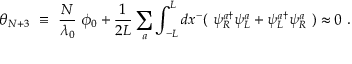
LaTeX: \theta _ { N + 3 } ~ \equiv ~ \frac { N } { \lambda _ { 0 } } ~ \phi _ { 0 } + \frac { 1 } { 2 L } \sum _ { a } \int _ { - L } ^ { L } d x ^ { - } ( ~ \psi _ { R } ^ { a \dag } \psi _ { L } ^ { a } + \psi _ { L } ^ { a \dag } \psi _ { R } ^ { a } ~ ) \approx 0 ~ .